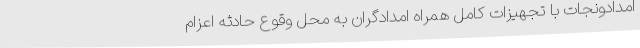
امدادونجات با تجهیزات کامل همراه امدادگران به محل وقوع حادثه اعزام